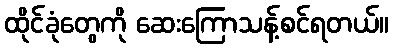
ထိုင်ခုံတွေကို ဆေးကြောသန့်စင်ရတယ်။